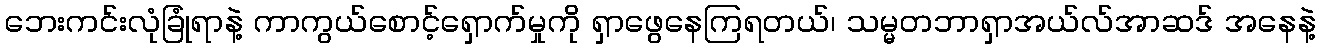
ဘေးကင်းလုံခြုံရာနဲ့ ကာကွယ်စောင့်ရှောက်မှုကို ရှာဖွေနေကြရတယ်၊ သမ္မတဘာရှာအယ်လ်အာဆဒ် အနေနဲ့